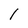
Character: l